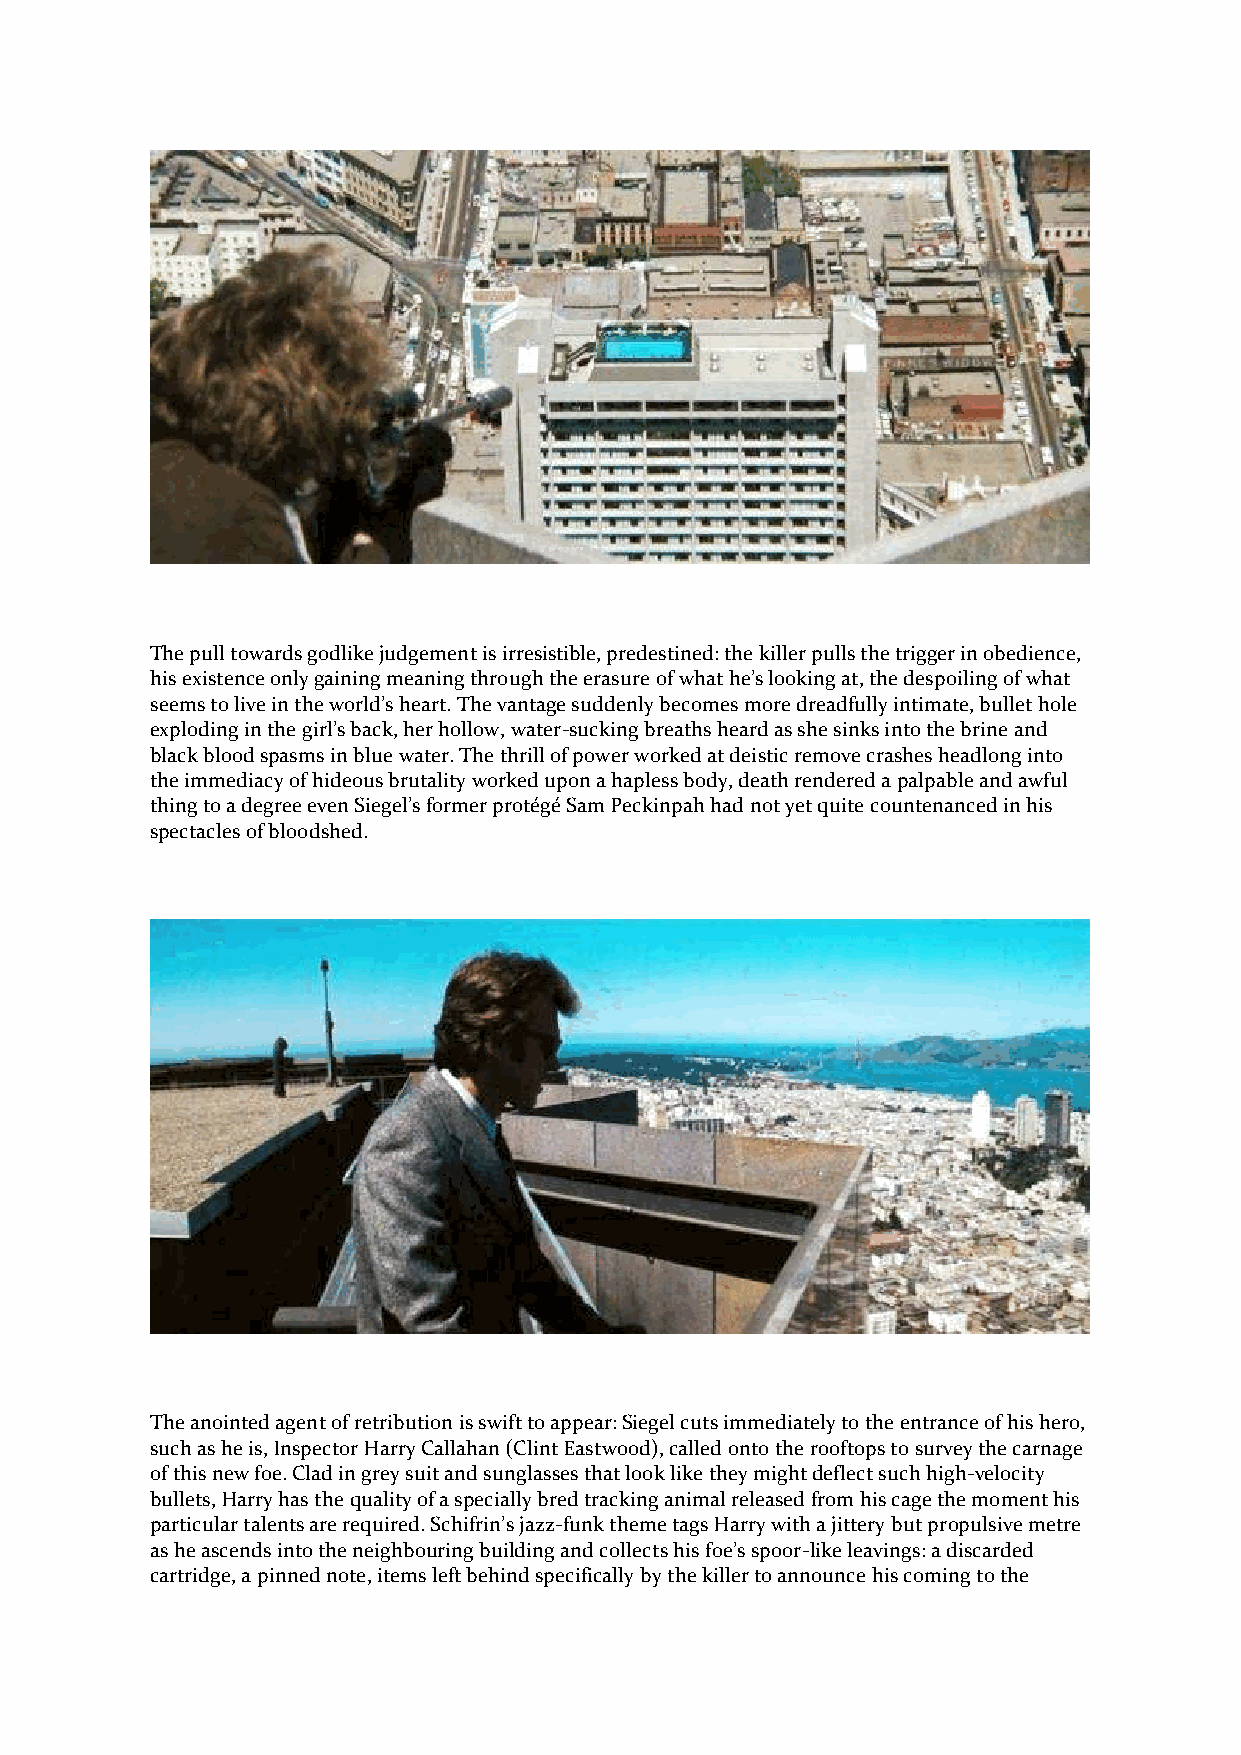
The pull towards godlike judgement is irresistible, predestined: the killer pulls the trigger in obedience,
 his existence only gaining meaning through the erasure of what he’s looking at, the despoiling of what
 seems to live in the world’s heart. The vantage suddenly becomes more dreadfully intimate, bullet hole
 exploding in the girl’s back, her hollow, water-sucking breaths heard as she sinks into the brine and
 black blood spasms in blue water. The thrill of power worked at deistic remove crashes headlong into
 the immediacy of hideous brutality worked upon a hapless body, death rendered a palpable and awful
 thing to a degree even Siegel’s former protégé Sam Peckinpah had not yet quite countenanced in his
 spectacles of bloodshed.
 The anointed agent of retribution is swift to appear: Siegel cuts immediately to the entrance of his hero,
 such as he is, Inspector Harry Callahan (Clint Eastwood), called onto the rooftops to survey the carnage
 of this new foe. Clad in grey suit and sunglasses that look like they might deflect such high-velocity
 bullets, Harry has the quality of a specially bred tracking animal released from his cage the moment his
 particular talents are required. Schifrin’s jazz-funk theme tags Harry with a jittery but propulsive metre
 as he ascends into the neighbouring building and collects his foe’s spoor-like leavings: a discarded
 cartridge, a pinned note, items left behind specifically by the killer to announce his coming to the